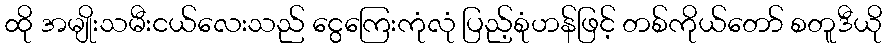
ထို အမျိုးသမီးငယ်လေးသည် ငွေကြေးကုံလုံ ပြည့်စုံဟန်ဖြင့် တစ်ကိုယ်တော် စတူဒီယို